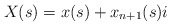
\begin{align*}X(s)=x(s)+x_{n+1}(s)i\end{align*}